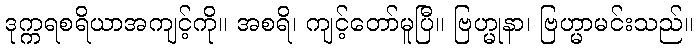
ဒုက္ကရစရိယာအကျင့်ကို။ အစရိ၊ ကျင့်တော်မူပြီ။ ဗြဟ္မုနာ၊ ဗြဟ္မာမင်းသည်။